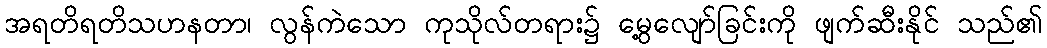
အရတိရတိသဟနတာ၊ လွန်ကဲသော ကုသိုလ်တရား၌ မွေ့လျော်ခြင်းကို ဖျက်ဆီးနိုင် သည်၏